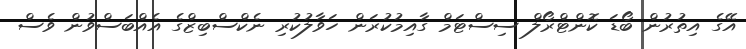
އޭގެ އިތުރުން ބޯޑަ ކޮންޓްރޯލް ސިސްޓަމް ގާއިމުކުރަން ހަވާލުކުރި ނެކްސްބިޒްގެ އެއްބަސްވުން ވެސް